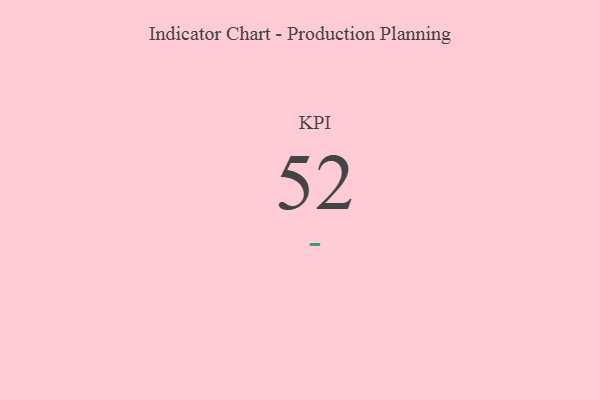
{"axis": {"x": "KPI", "y": "Value"}, "legend": [""], "data": [{"x": "KPI", "y": 52, "type": ""}]}